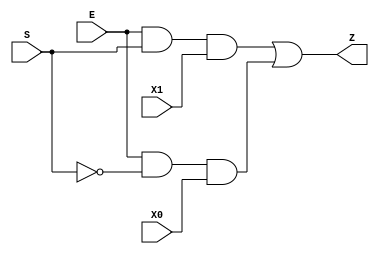
`timescale 1ns / 1ps
//////////////////////////////////////////////////////////////////////////////////
// Module Name: 
// ECE425L LAB #1, Problem 3
// Purpose: Generic 1bit 2-to-1 Mux
//////////////////////////////////////////////////////////////////////////////////

//                   Enable,Select,Input1,Input2,Output
module Mux1bit_2to1(E     ,   S  , X1   , X0   , Z);
    input E, S;
    input X1;
    input X0;
    output Z;
    // INtermediate gate outputs     
    wire Snot; 
    wire A1;
    wire A2; 
    
    // Structural model for 2-to-1 MUX
    // Intermediate gates
    not         n1(Snot,S);
    and         a1(A1,E,S,X1);
    and         a2(A2,E,Snot,X0);
    // Output
    or          o1(Z, A1, A2);
    
endmodule